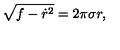
\sqrt { f - { \dot { r } ^ { 2 } } } = 2 \pi \sigma r ,